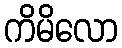
ကိမိလော